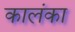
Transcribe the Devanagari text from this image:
कालंका